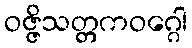
ဝဇ္ဇိသတ္တကဝဂ္ဂေါ